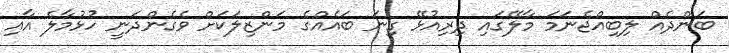
ބަންދެއް ލިބިއްޖެނަމަ މާލޭގައި ދިރިއުޅޭ ގިނަ ބައެއްގެ މަންޒިލަކަށް ވެގެންދަނީ ހުޅުމާލެ އާއި